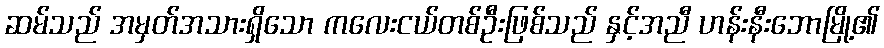
ဆမ်သည် အမှတ်အသားရှိသော ကလေးငယ်တစ်ဦးဖြစ်သည် နှင့်အညီ ဟန်းနီးဘောမြို့၏